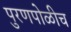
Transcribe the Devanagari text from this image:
पुरणपोळीच